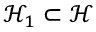
\mathcal { H } _ { 1 } \subset \mathcal { H }